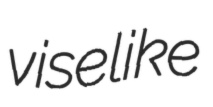
viselike